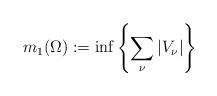
LaTeX: \begin{gather*} m_1(\Omega) := {\rm inf} \left\{\sum_\nu |V_\nu| \right\} \end{gather*}